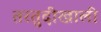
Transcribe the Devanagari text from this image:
तरतुदीखाली